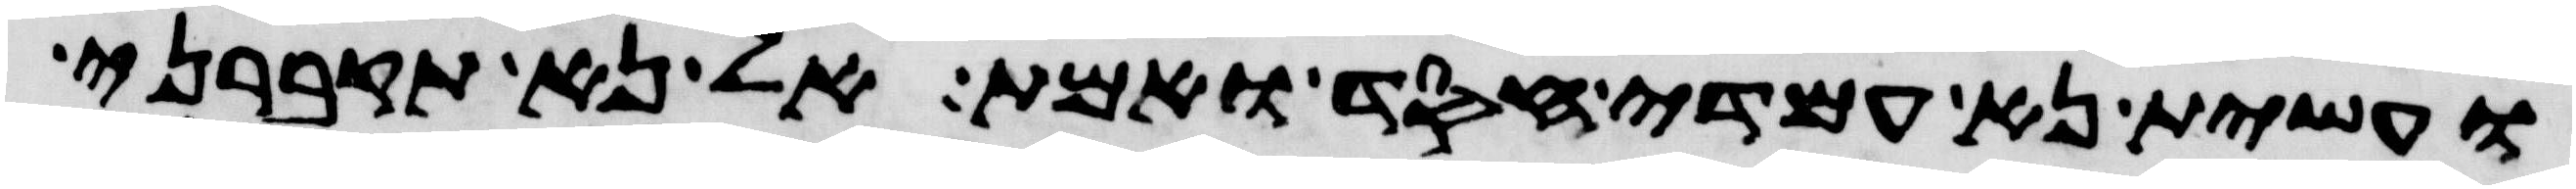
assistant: ועשית נא עמדי חסד ואמת אל נא תקברני